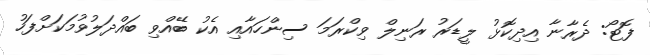
ފޮޓޯ: ދެރާނާ އިދިކޮޅު ލީޑަރު ރަނިލް ވިކްރަމަ ސިންހައާއި އެކު ބޭއްވި ބައްދަލުވުމަކަށްފަހު